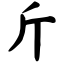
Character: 斤